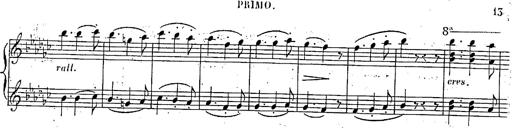
Title: Marche et Cavatine de Lucie de Lammermoor, S.398
Composer: Franz Liszt